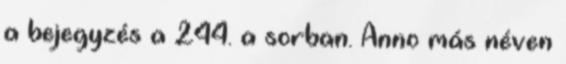
a bejegyzés a 244. a sorban. Anno más néven